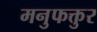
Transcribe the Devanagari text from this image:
मनुफक्तुर